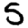
Digit: 5